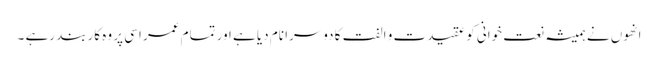
انھوں نے ہمیشہ نعت خوانی کو عقیدت و الفت کا دوسرا نام دیا ہے اور تمام عمر اسی پر وہ کاربند رہے ۔